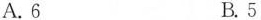
A.6 B.5